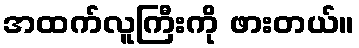
အထက်လူကြီးကို ဖားတယ်။